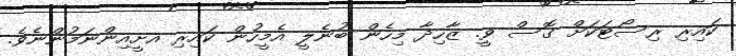
ކައިރި ރިސޯޓަކަށް ގޮސް ވީ. ޒާހިދާ މިހެން ބުނެލީ އެމީހުން ކަައިރި އށީއިންނަމުންނެވެ.